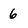
Character: 6